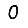
Digit: 0